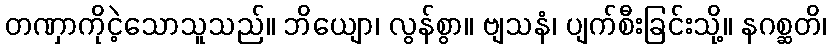
တဏှာကိုငဲ့သောသူသည်။ ဘိယျော၊ လွန်စွာ။ ဗျသနံ၊ ပျက်စီးခြင်းသို့။ နဂစ္ဆတိ၊